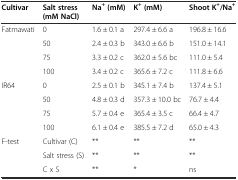
| Cultivar | Salt stress (mM NaCl) | Na+(mM) | K+(mM) | Shoot K+/Na+ |
 | --- | --- | --- | --- | --- |
 | Fatmawati | 0 | 1.6 ± 0.1 a | 297.4 ± 6.6 a | 196.8 ± 16.6 |
 |  | 50 | 2.4 ± 0.3 b | 343.0 ± 6.6 b | 151.0 ± 14.1 |
 |  | 75 | 3.3 ± 0.2 c | 362.0 ± 5.6 bc | 111.0 ± 5.4 |
 |  | 100 | 3.4 ± 0.2 c | 365.6 ± 7.2 c | 111.8 ± 6.6 |
 | IR64 | 0 | 2.5 ± 0.1 b | 345.1 ± 7.4 b | 137.4 ± 5.1 |
 |  | 50 | 4.8 ± 0.3 d | 357.3 ± 10.0 bc | 76.7 ± 4.4 |
 |  | 75 | 5.7 ± 0.4 e | 365.4 ± 3.5 c | 66.4 ± 4.7 |
 |  | 100 | 6.1 ± 0.4 e | 385.5 ± 7.2 d | 65.0 ± 4.3 |
 | F-test | Cultivar (C) | ** | ** | ** |
 |  | Salt stress (S) | ** | ** | ** |
 |  | C x S | ** | * | ns |